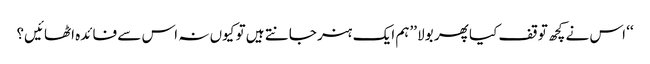
‘‘ اس نے کچھ توقف کیا پھر بولا ’’ہم ایک ہنر جانتے ہیں تو کیوں نہ اس سے فائدہ اٹھائیں؟